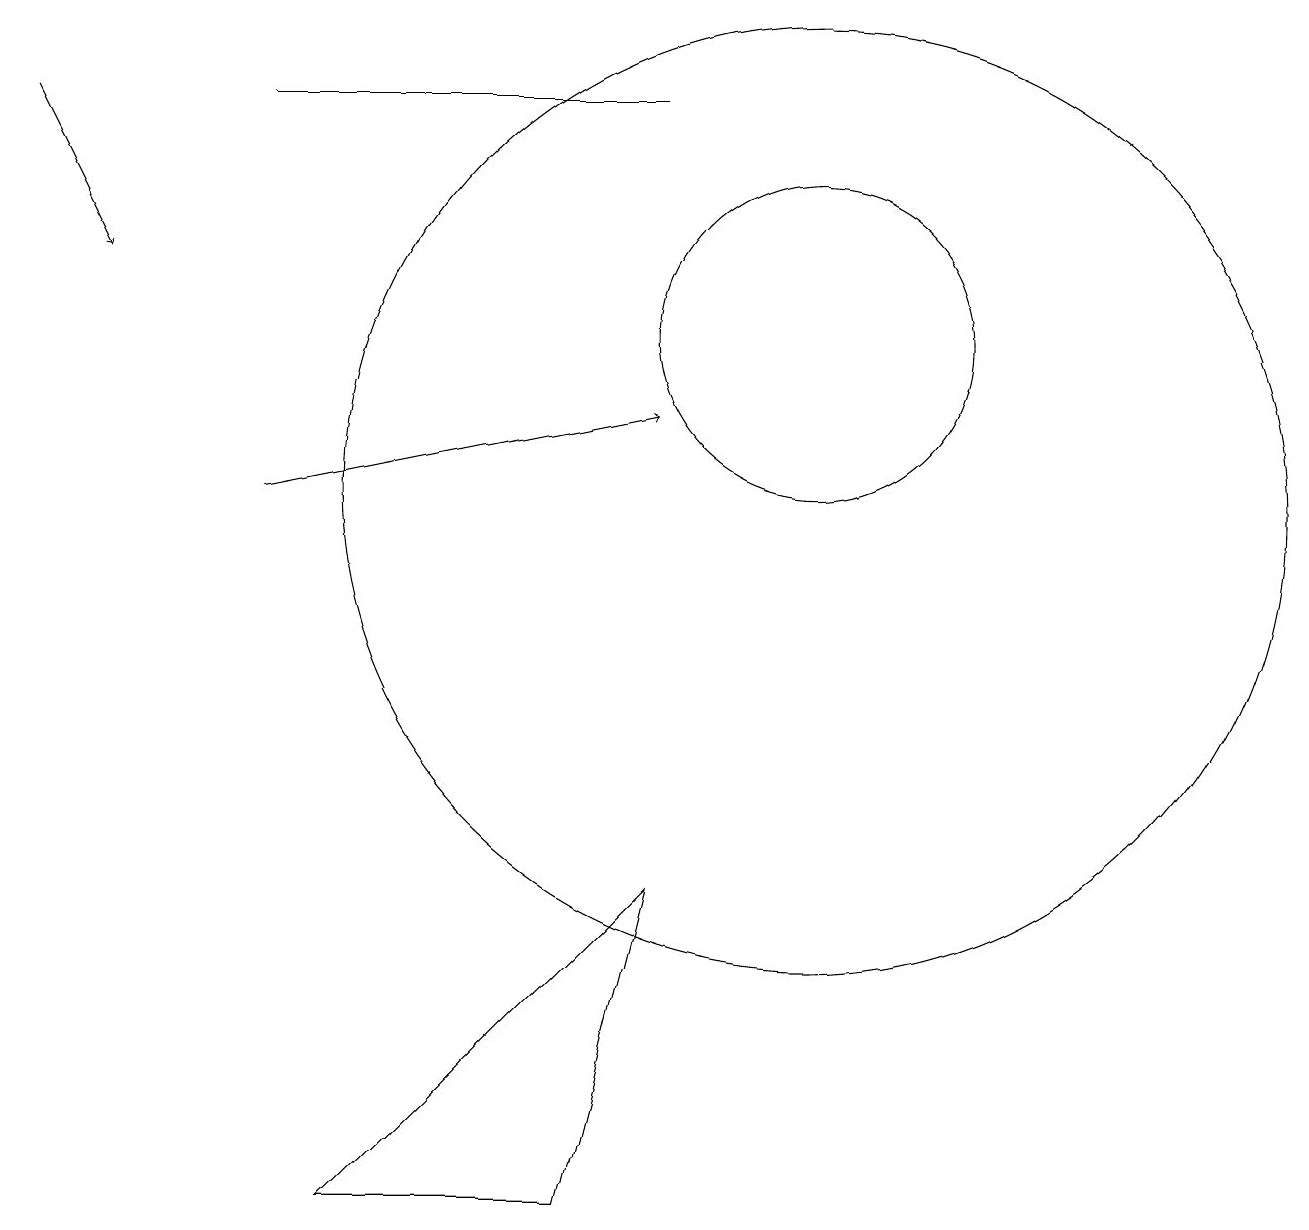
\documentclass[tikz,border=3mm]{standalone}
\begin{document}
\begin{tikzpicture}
\draw (4,1) -- (7,1) -- (8,5) -- cycle;
\draw[->] (3,10) -- (8,11);
\draw (3,15) rectangle (8,15);
\draw[->] (0,15) -- (1,13);
\draw (10,10) circle (6);
\draw (10,12) circle (2);
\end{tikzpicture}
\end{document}